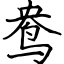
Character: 鸯